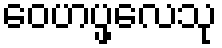
ဝေဟပ္ဖလေသု